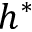
h ^ { * }